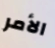
الأمر